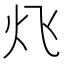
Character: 𮳛